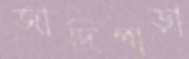
জাদিপাড়া